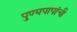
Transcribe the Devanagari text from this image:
पुण्यपापांची